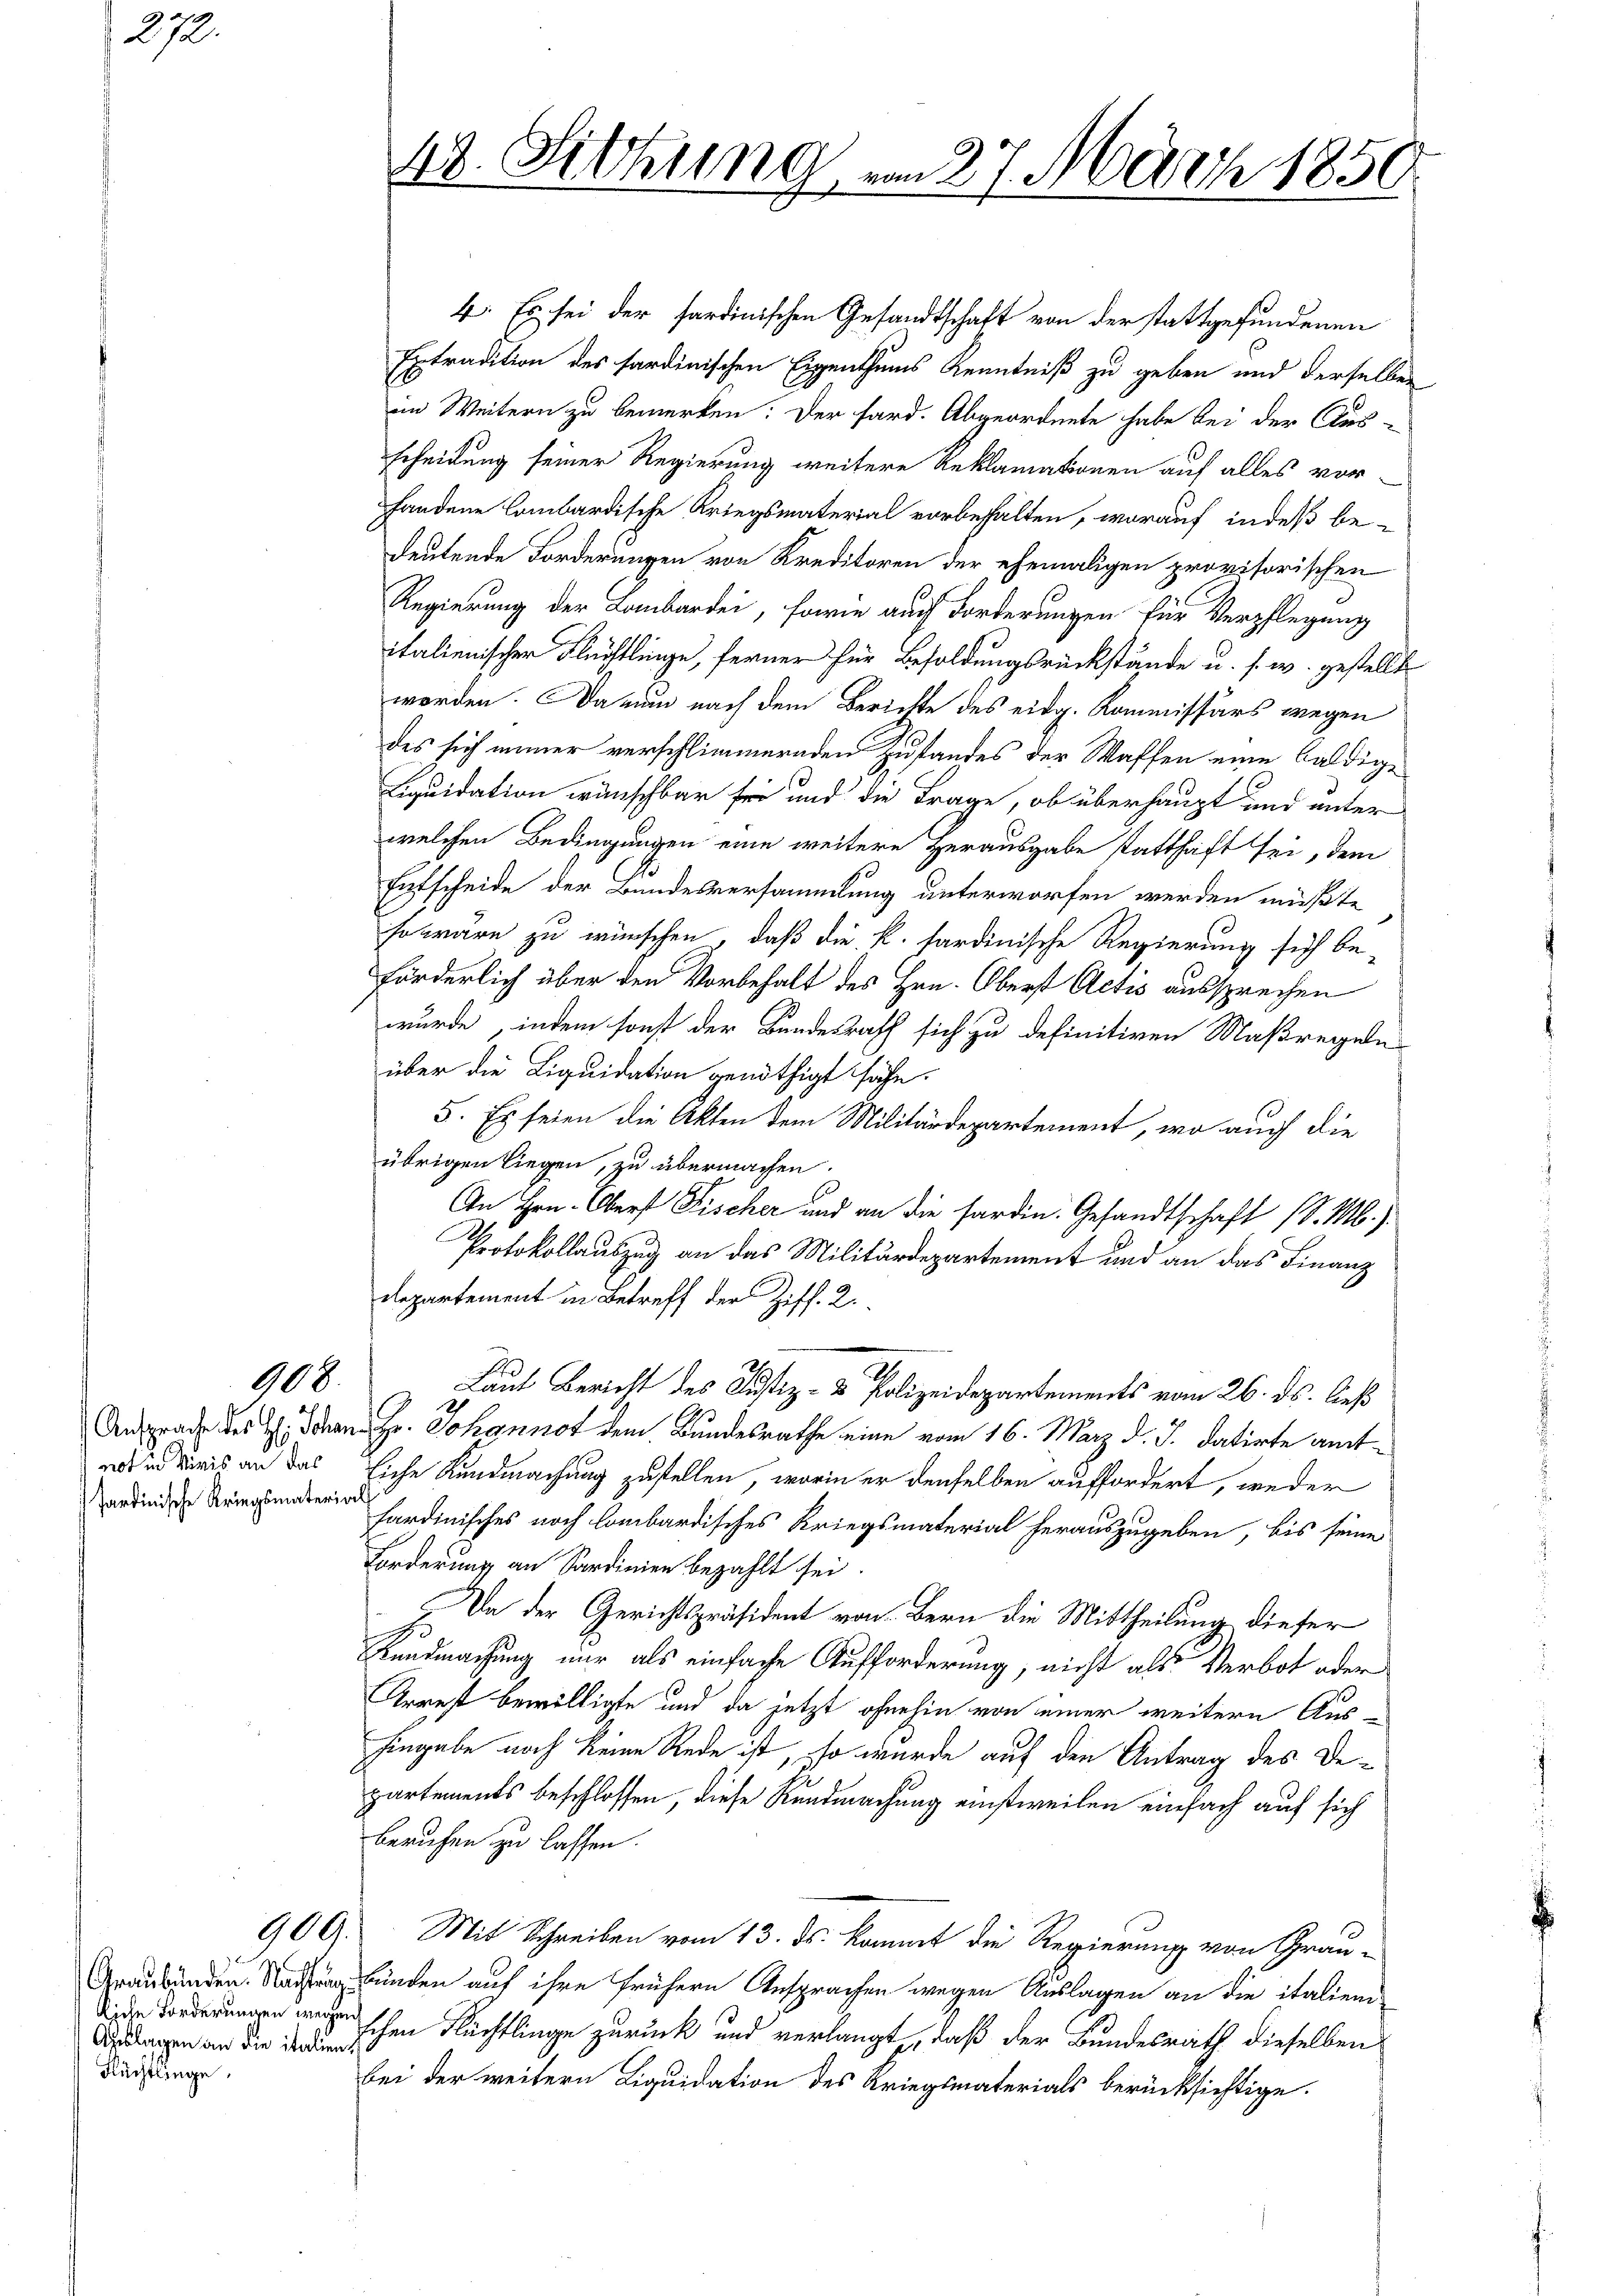
272.

not in Maris an das
Sardinische Kriegsmaterial

908.

kiche Forderungen wegen
Auslagen an die italien
Flüchtlinge,

48. Sitzung, am 27. März 1850.

4. Es sei der sardinischen Gesandtschaft von der stattgefundenen
Extradition des sardinischen Eigenthums Kenntniß zu geben und derselben
im Weitern zu bemerken: Der Sard. Abgeordnete habe bei der Aus-
scheidung seiner Regierung weitere Reklamationen auf alles vor-
handene Lombardische Kriegsmaterial vorbehalten, worauf indeß bedeutende Forderungen von Kreditoren der ehemaligen provisorischen
Regierung der Lombardei, sowie auch Forderungen für Verpflegung
italienischer Flüchtlinge, ferner für Besoldungsrückstände u. s. w. gestellte
worden. Da nun nach dem Berichte des eidg. Kommissärs wegen
des sich immer verschlimmernden Zustandes der Waffen eine baldige
Liquidation wünschbar sei und die Frage, ob überhaupt und unter
welchen Bedingungen eine weitere Herausgabe statthaft sei, dem
Entscheide der Bundesversammlung unterworfen werden müßte
so wäre zu wünschen, daß die k. sardinische Regierung sich be-
förderlich über den Vorbehalt des Hrn. Oberst Actis aussprechen
wurde, indem sonst der Bundesrath sich zu definitiven Maßregeln
über die Liquidation genöthigt sähe.
5. Es seien die Akten dem Militärdepartement, wo auch die
übrigen liegen, zu übermachen.
An Hrn. Oberst Fischer und an die fardin. Gesandtschaft (S. M.)
Protokollauszug an das Militärdepartement und an das Finanz
departement in Betreff der Ziff. 2.
Laut Bericht des Justiz- & Polizeidepartements vom 26. ds. ließ
Ansprade des H. Schen Hr. Johannot dem Bundesrathe eine vom 16. März d. J. datirte amt¬
Eiche Kundmachung zustellen, worin er denselben auffordert, weder
fardinisches noch lombardisches Kriegsmaterial herauszugeben, bis seine
Forderung an Sardinien bezahlt sei.
Da der Gerichtspräsident von Bern die Mittheilung dieser
Kundmachung nur als einfache Aufforderung, nicht als Verbot oder
Arrest bewilligte und da jetzt ohnehin von einer weitere Aushingabe noch keine Rede ist, so wurde auf den Antrag des Departements beschlossen, diese Kundmachung einstweilen einfach auf sich
beruhen zu lassen.
909. Mit Schreiben vom 13. ds. kommt die Regierung von Grau-
Graubünden. Nachtrag bünden auf ihre frühern Ansprachen wegen Auslagen an die italienschen Flüchtlinge zurück und verlangt, daß der Bundesrath dieselben
bei der weitern Liquidation des Kriegsmaterials berücksichtige.